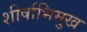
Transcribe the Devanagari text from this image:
शीर्षाभिमुख